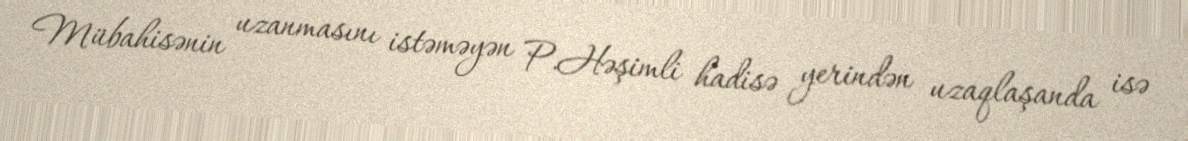
Mübahisənin uzanmasını istəməyən P.Həşimli hadisə yerindən uzaqlaşanda isə